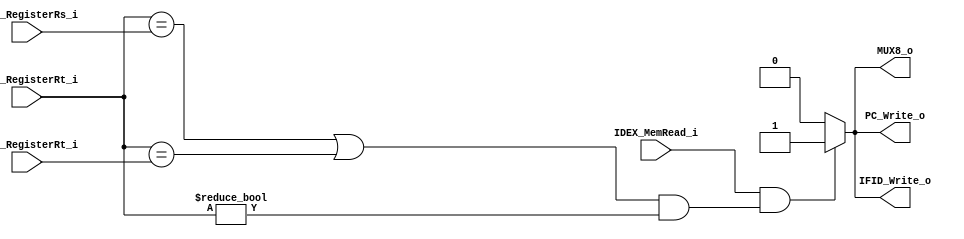
module HazardDetection(
	IDEX_MemRead_i,
	PC_Write_o, IFID_Write_o, MUX8_o,
	IDEX_RegisterRt_i, IFID_RegisterRs_i, IFID_RegisterRt_i
);

input			IDEX_MemRead_i;
output			PC_Write_o, IFID_Write_o, MUX8_o;

input	[4:0]	IDEX_RegisterRt_i, IFID_RegisterRs_i, IFID_RegisterRt_i;

assign PC_Write_o = (IDEX_MemRead_i && (
	((IDEX_RegisterRt_i == IFID_RegisterRs_i) ||  (IDEX_RegisterRt_i == IFID_RegisterRt_i)) && ( IDEX_RegisterRt_i != 2'b0 )
	) ? 1'b1 : 1'b0);

assign IFID_Write_o = PC_Write_o;
assign MUX8_o = PC_Write_o;

endmodule